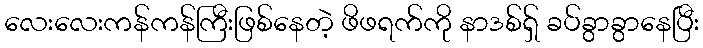
လေးလေးကန်ကန်ကြီးဖြစ်နေတဲ့ ဖိဖရက်ကို နာဒစ်ရှ် ခပ်ခွာခွာနေပြီး